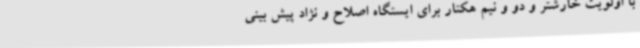
با اولویت خارشتر و دو و نیم هکتار برای ایستگاه اصلاح و نژاد پیش بینی